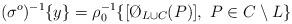
LaTeX: \begin{align*}(\sigma^o)^{-1} \{ y \} = \rho_0^{-1} \{ [\O_{L \cup C}(P)], \ P \in C \setminus L \}\end{align*}